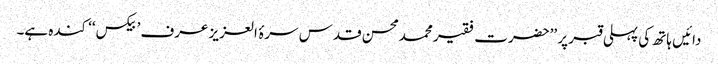
دائیں ہاتھ کی پہلی قبر پر ’’حضرت فقیر محمدمحسن قدس سرۂ العزیز عرف ’بیکس‘‘ کندہ ہے۔